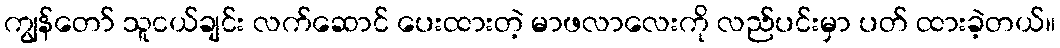
ကျွန်တော် သူငယ်ချင်း လက်ဆောင် ပေးထားတဲ့ မာဖလာလေးကို လည်ပင်းမှာ ပတ် ထားခဲ့တယ်။